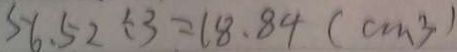
5 6 . 5 2 \div 3 = 1 8 . 8 4 ( c m ^ { 3 } )